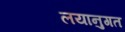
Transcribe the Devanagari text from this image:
लयानुगत